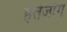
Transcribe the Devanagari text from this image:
हर्तजोग